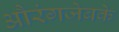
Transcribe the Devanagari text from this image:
औरंगजेबके